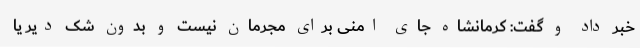
خبر داد و گفت: کرمانشاه جای امنی برای مجرمان نیست و بدون شک دیر یا